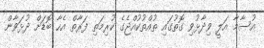
އުސާމާ އަލީ ވިދާޅުވި ގޮތުގައި ތުއްތުކުއްޖެގެ ކުރިމަތި ފަރާތް އެހާ ބޮޑަށް ދުޅަވާން